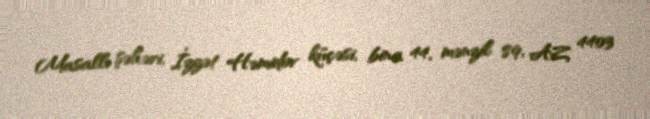
Masallı şəhəri, İzzət Həmidov küçəsi, bina 44, mənzil 89, AZ 4403